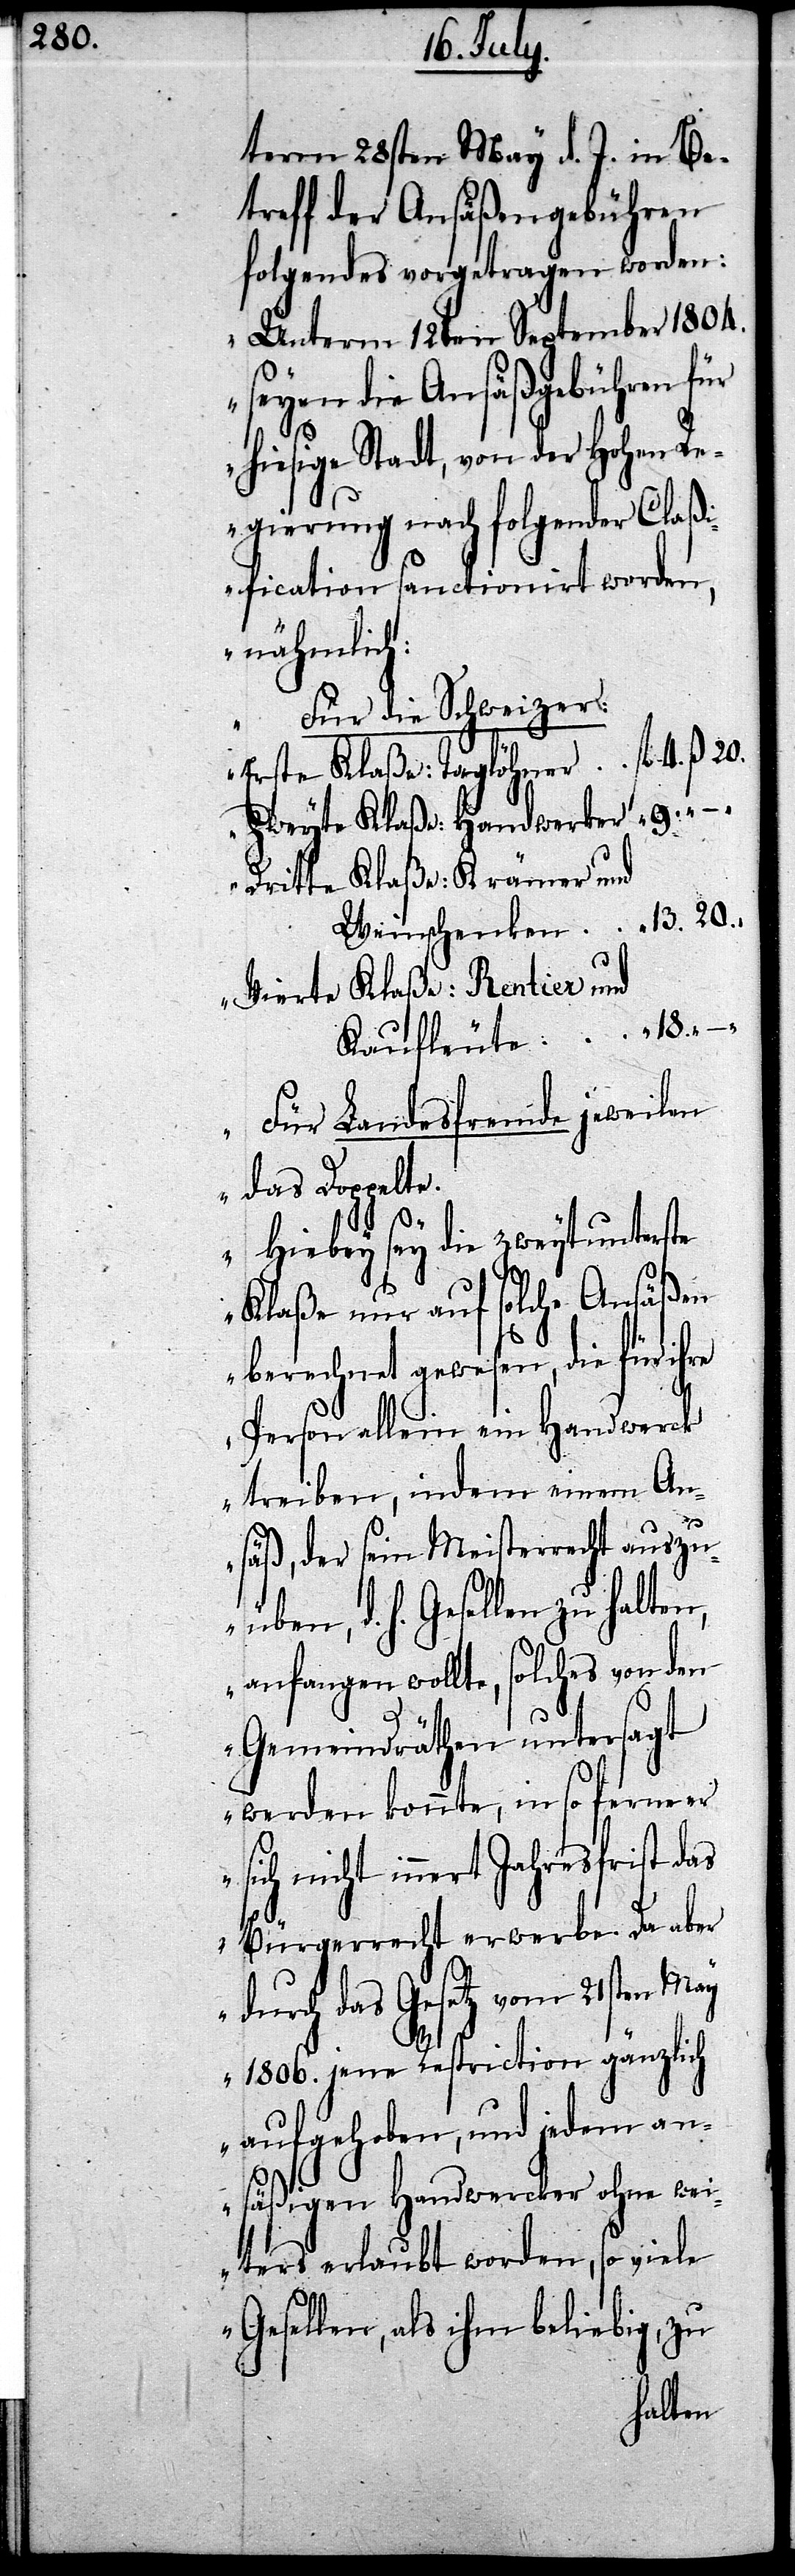
term 28sten May d. J. in Be¬
treff der Ansäßengebühren
folgendes vorgetragen worden:
„Unterm 12ten September 1804.
seyen die Ansäßengebühren
hiesige Stadt, von der Hohen Re¬
gierung nach folgender Claß¬
ification sanctionirt worden,
nähmlich:
Für die Schweizer:
4. ß. 20.
Erste Klaße: Taglöhner	fl.
Zweyte Klaße: Handwerker	 “ 9. “
Dritte Klaße: Krämer und
Weinschenken	 “ 13. 20.
Vierte Klaße: Rentier und
Kaufleute	 “ 18. “ –
Für Landesfremde jeweilen
das Doppelte.
Hiebey sey die zweytunterste
Klaße nur auf solche Ansäßen
berechnet gewesen, die für ihre
Person allein ein Handwerck
treiben, indem einem An¬
säß, der sein Meisterrecht auszuü¬
ben, h. h. Gesellen zu halten,
anfangen wollte, solches von den
Gemeindräthen untersagt
werden konnte, in so ferner
sich nicht innert Jahresfrist das
Bürgerrecht erwerbe. Da aber
durch das Gesetz vom 21sten May
1806. jene Restriction gänzlich
aufgehoben, und jedem an¬
säßigen Handwercker ohne wei¬
ters erlaubt worden, so viele
Gesellen, als ihm beliebig, zu